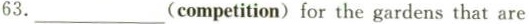
63.___(ompetition) for the gardens that are